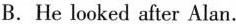
B.He looked after Alan.